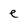
Character: e